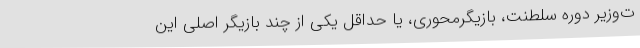
ت‌وزیر دوره سلطنت، بازیگرمحوری، یا حداقل یکی از چند بازیگر اصلی این